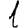
Digit: 1